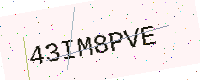
Text: 43IM8PVE